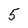
Character: 5